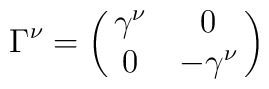
\Gamma^\nu=\left(\matrix{\gamma^\nu &0\cr 0&-\gamma^\nu\cr}\right)